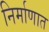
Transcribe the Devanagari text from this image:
निर्माणात